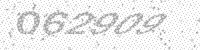
Solution: 062909